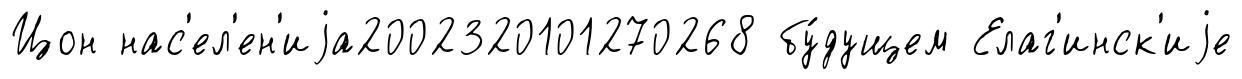
Цон нас'ел'ен'иjа2002320101270268 бу́дущем Елаг'инск'иjе